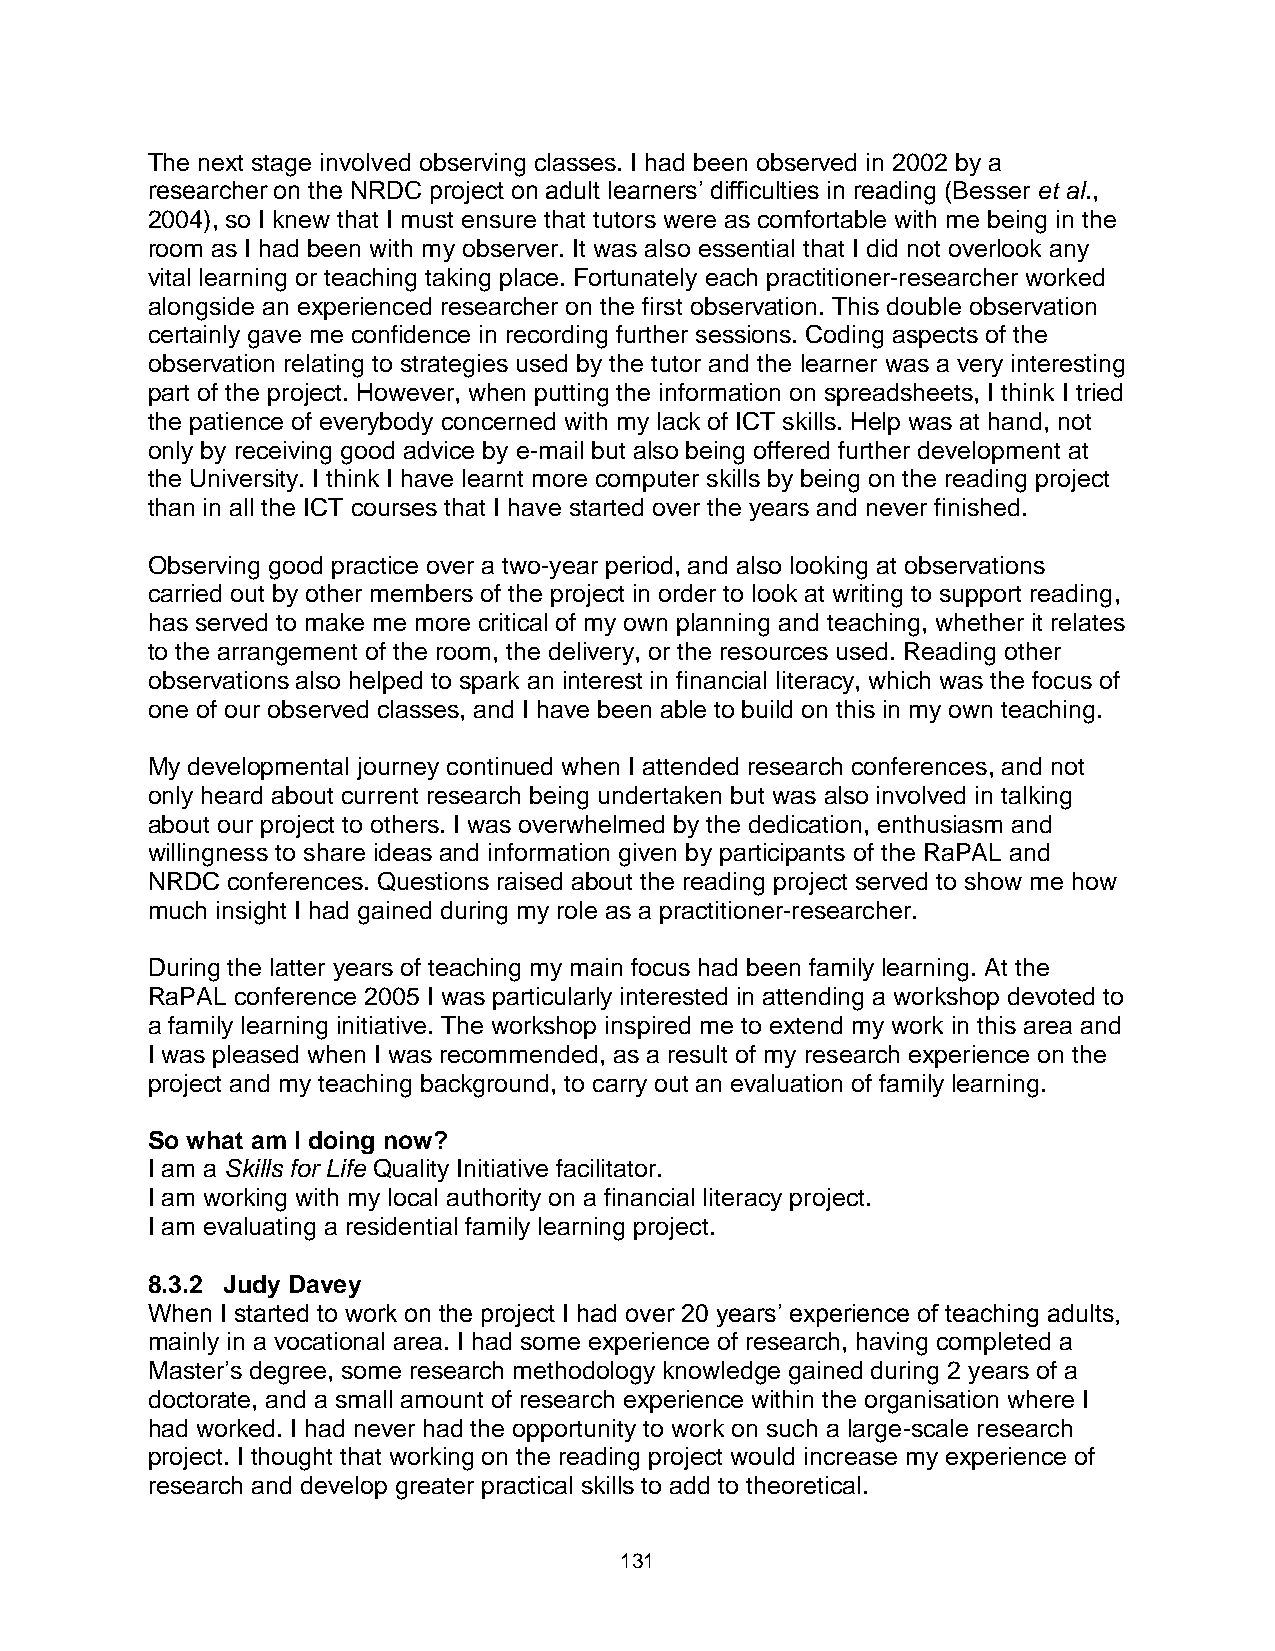
The next stage involved observing classes. I had been observed in 2002 by a
 researcher on the NRDC project on adult learners’ difficulties in reading (Besser et al.,
 2004), so I knew that I must ensure that tutors were as comfortable with me being in the
 room as I had been with my observer. It was also essential that I did not overlook any
 vital learning or teaching taking place. Fortunately each practitioner-researcher worked
 alongside an experienced researcher on the first observation. This double observation
 certainly gave me confidence in recording further sessions. Coding aspects of the
 observation relating to strategies used by the tutor and the learner was a very interesting
 part of the project. However, when putting the information on spreadsheets, I think I tried
 the patience of everybody concerned with my lack of ICT skills. Help was at hand, not
 only by receiving good advice by e-mail but also being offered further development at
 the University. I think I have learnt more computer skills by being on the reading project
 than in all the ICT courses that I have started over the years and never finished.
 Observing good practice over a two-year period, and also looking at observations
 carried out by other members of the project in order to look at writing to support reading,
 has served to make me more critical of my own planning and teaching, whether it relates
 to the arrangement of the room, the delivery, or the resources used. Reading other
 observations also helped to spark an interest in financial literacy, which was the focus of
 one of our observed classes, and I have been able to build on this in my own teaching.
 My developmental journey continued when I attended research conferences, and not
 only heard about current research being undertaken but was also involved in talking
 about our project to others. I was overwhelmed by the dedication, enthusiasm and
 willingness to share ideas and information given by participants of the RaPAL and
 NRDC conferences. Questions raised about the reading project served to show me how
 much insight I had gained during my role as a practitioner-researcher.
 During the latter years of teaching my main focus had been family learning. At the
 RaPAL conference 2005 I was particularly interested in attending a workshop devoted to
 a family learning initiative. The workshop inspired me to extend my work in this area and
 I was pleased when I was recommended, as a result of my research experience on the
 project and my teaching background, to carry out an evaluation of family learning.
 So what am I doing now?
 I am a Skills for Life Quality Initiative facilitator.
 I am working with my local authority on a financial literacy project.
 I am evaluating a residential family learning project.
 8.3.2 Judy Davey
 When I started to work on the project I had over 20 years’ experience of teaching adults,
 mainly in a vocational area. I had some experience of research, having completed a
 Master’s degree, some research methodology knowledge gained during 2 years of a
 doctorate, and a small amount of research experience within the organisation where I
 had worked. I had never had the opportunity to work on such a large-scale research
 project. I thought that working on the reading project would increase my experience of
 research and develop greater practical skills to add to theoretical.
 131